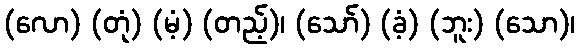
(လော) (တုံ) (မံ့) (တည့်)၊ (သော်) (ခံ့) (ဘူး) (သော)၊